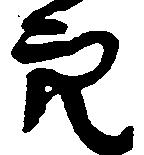
穴